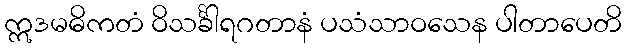
ဣဒမဓိကတံ ဝိသင်္ခါရဂတာနံ ပသံသာဝသေန ပါတာပေတိ